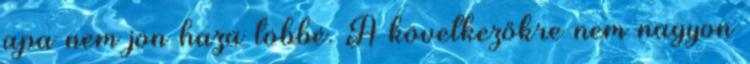
apa nem jön haza többé. A következőkre nem nagyon